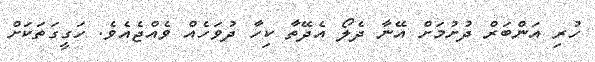
ހުރި އަންބަރް ދުށުމަށް އޭނާ ދެލޯ އެދޭތާ ކިހާ ދުވަހެއް ވެއްޖެއެވެ. ހަގީގަތަކަށް